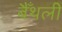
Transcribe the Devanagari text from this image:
बैँथली